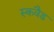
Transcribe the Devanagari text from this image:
स्कवैड